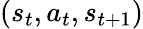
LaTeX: (s_{t},a_{t},s_{t+1})